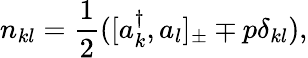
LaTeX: n_{kl}=\frac{1}{2}([a_{k}^{\dagger},a_{l}]_{\pm}\mp p\delta_{kl}),